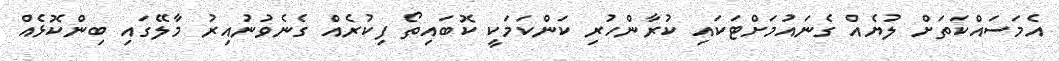
އެމަސައްކަތަށް ލުޔެއް ގެނައުމަށްޓަކައި ކުރާންހުރި ކަންކަމަކީ ކޮބައިތޯ ފިކުރެއް ގެނެވުނުއިރު މާލޭގައި ބިންކޮޅެއް